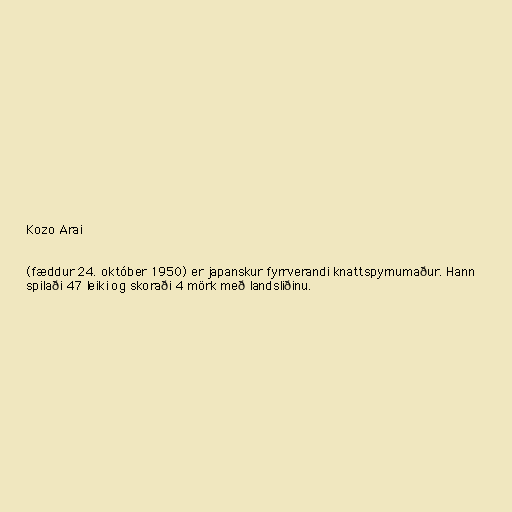
Kozo Arai

(fæddur 24. október 1950) er japanskur fyrrverandi knattspyrnumaður. Hann
spilaði 47 leiki og skoraði 4 mörk með landsliðinu.